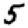
Digit: 5